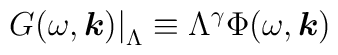
\left. G(\omega, \mbox{\boldmath $k$}) \right|_{\Lambda} \equiv \Lambda^{\gamma}\Phi (\omega, \mbox{\boldmath $k$})